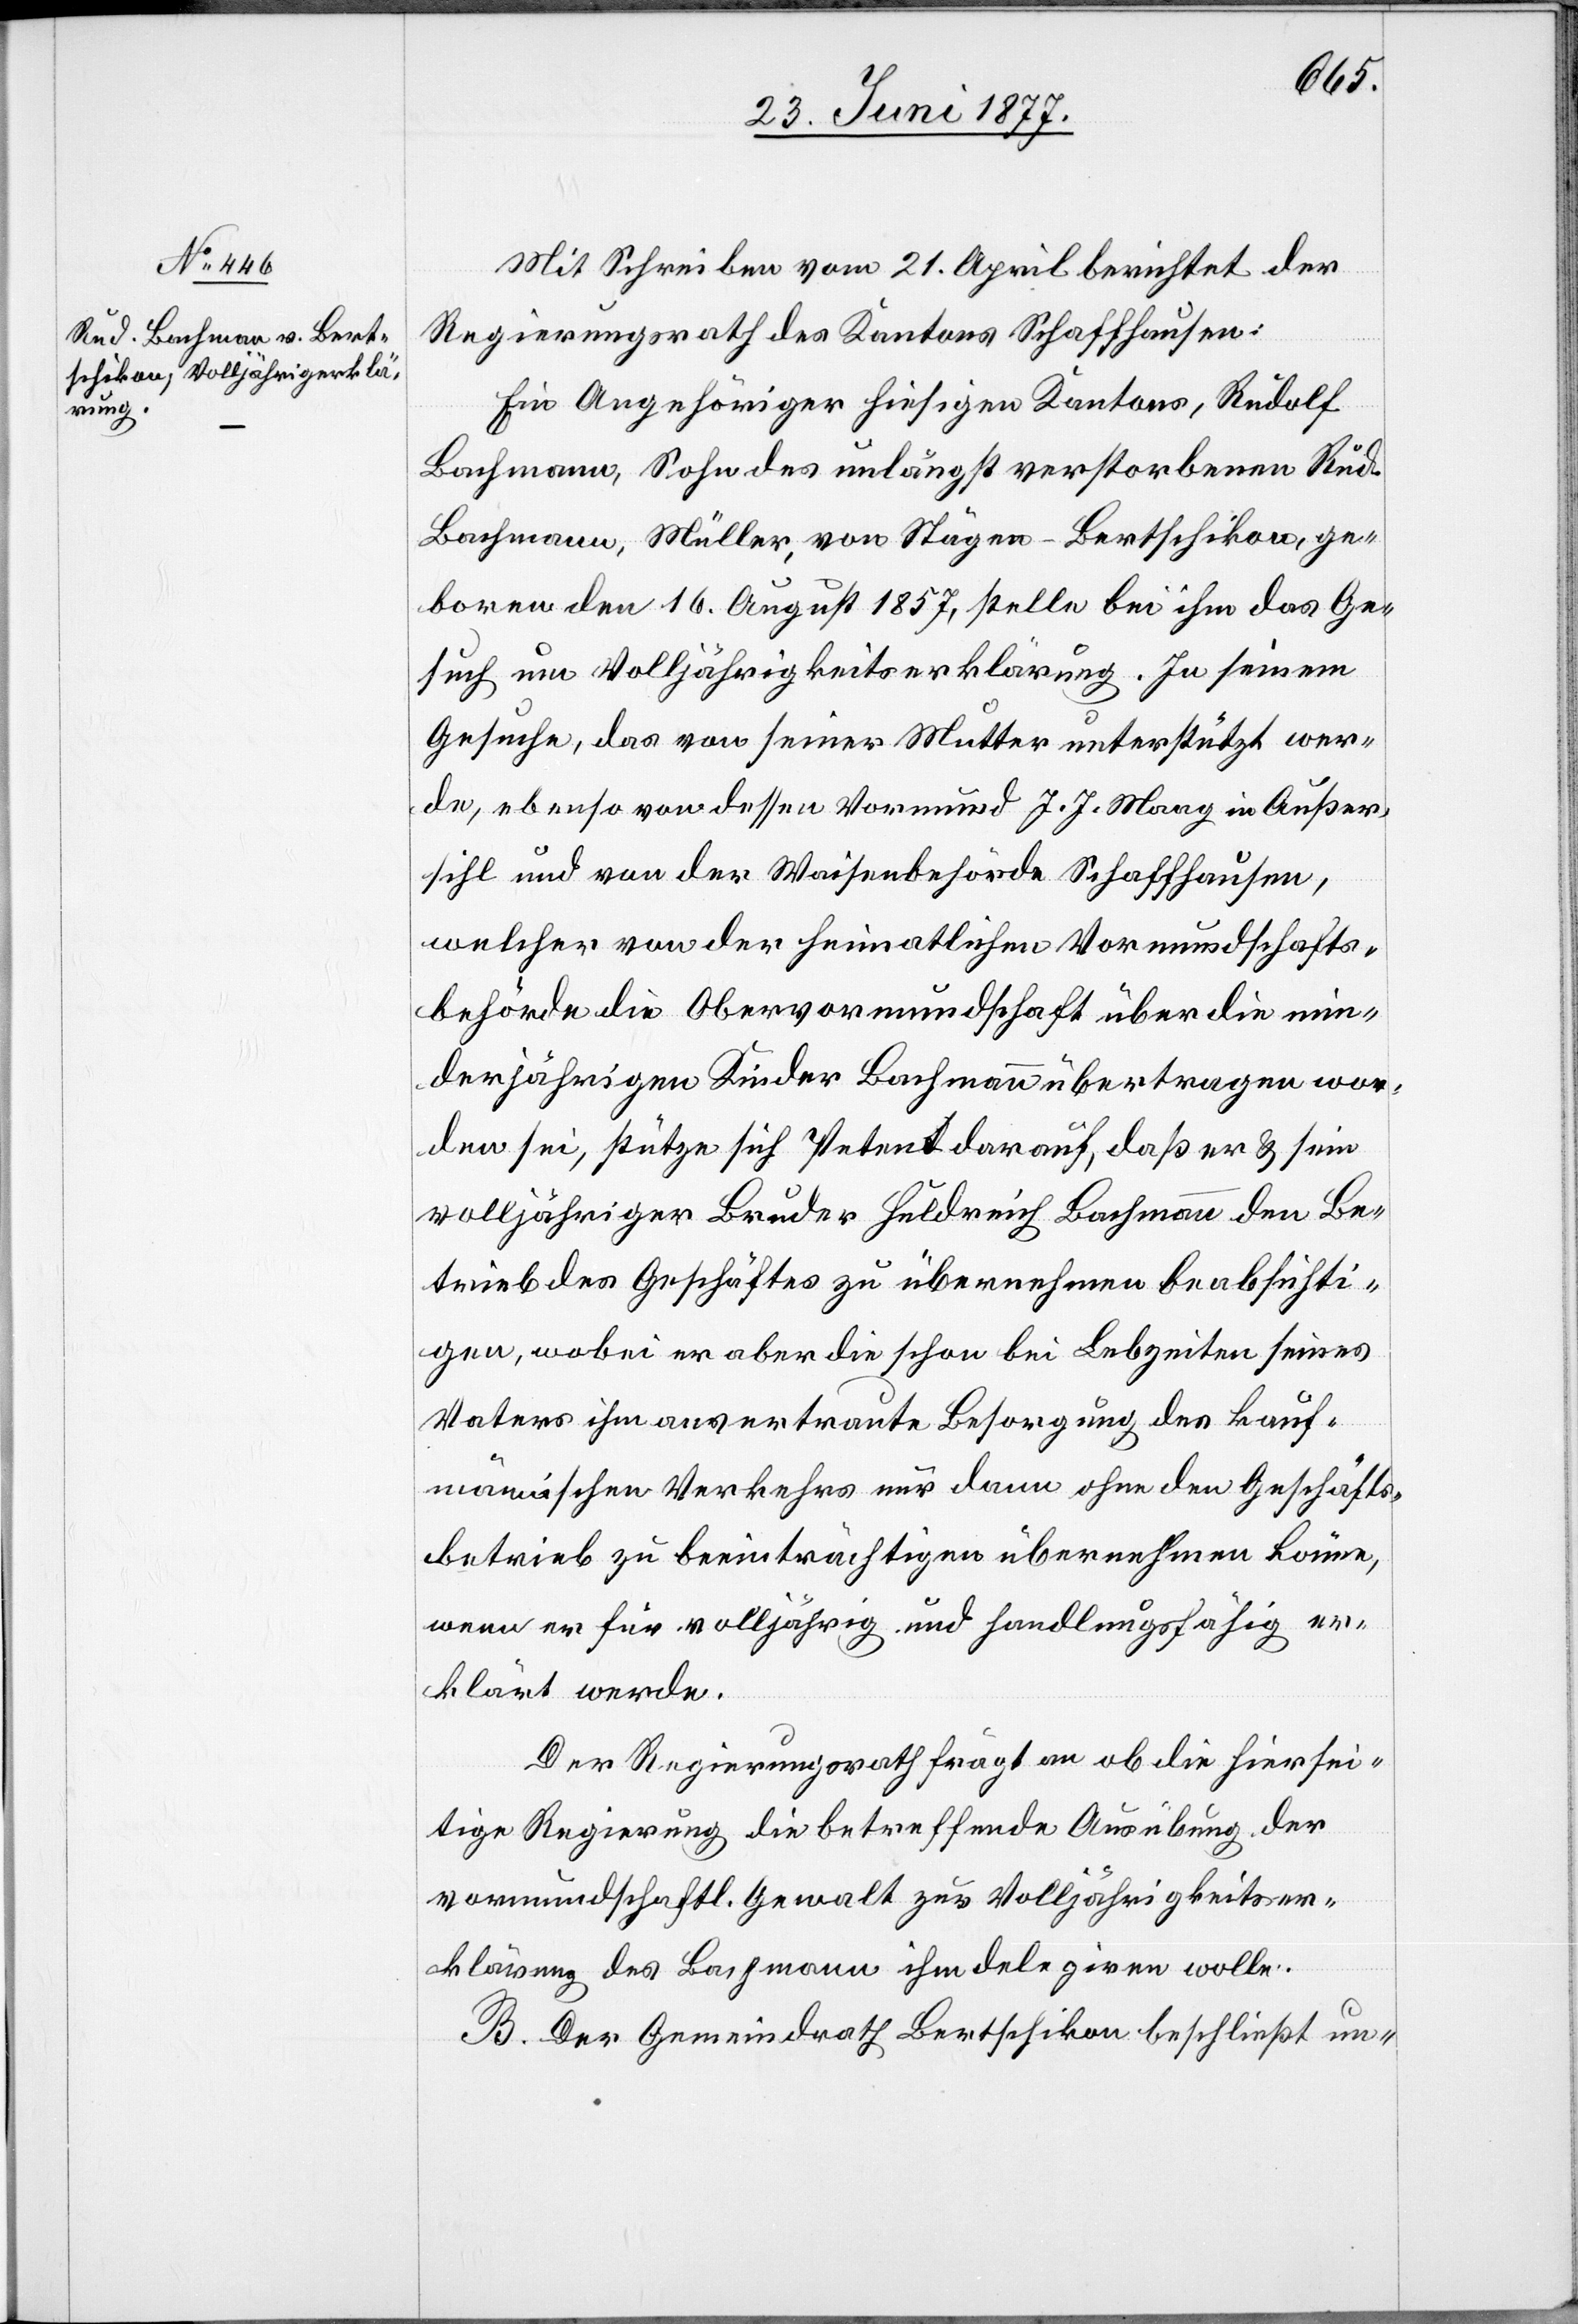
Mit Schreiben von 21. April berichtet der
Regierungsrath des Kantons Schaffhausen:
Ein Angehöriger hiesigen Kantons, Rudolf
Bachmann [sic!], Sohn des unlängst verstorbenen Rud.
Bachmann, Müller, von Stägen - Bertschikon, ge¬
boren den 16. August 1857, stelle bei ihm das Ge¬
such um Volljährigkeitserklärung. In seinem
Gesuche, das von seiner Mutter unterstützt wer¬
de, ebenso von dessen Vormund J. J. Maag in Außer¬
sihl und der Waisenbehörde Schaffhausen,
welcher von der heimatlichen Vormundschafts¬
behörde die Obervormundschaft über die min¬
derjährigen Kinder Bachmann übertragen wor¬
den sei, stütze sich Petent darauf, daß er & sein
volljähriger Bruder Huldreich Bachmann den Be¬
trieb des Geschäftes zu übernehmen beabsichti¬
gen, wobei er aber die schon bei Lebzeiten seines
Vaters ihm anvertraute Besorgung des kauf¬
männischen Verkehres nur dann ohne den Geschäfts¬
betrieb zu beeinträchtigen übernehmen könne,
wenn er für volljährig und handlungsfähig er¬
klärt werde.
Der Regierungsrath frägt an ob die hiersei¬
tige Regierung die betreffende Ausübung der
vormundschaftl. Gewalt zur Volljährigkeitser¬
klärung des Bachmann ihm delegiren wolle.
B. Der Gemeindrath Bertschikon beschließt un-